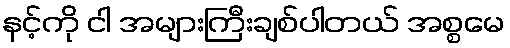
နင့်ကို ငါ အများကြီးချစ်ပါတယ် အစ္စမေ